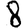
Digit: 8